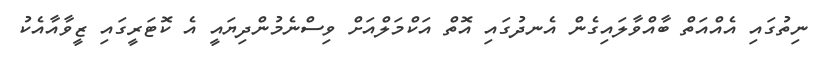
ނިތުގައި އެއްއަތް ބާއްވާލައިގެން އެނދުގައި އޮތް އަކްމަލްއަށް ވިސްނެމުންދިޔައީ އެ ކޮޓަރީގައި ޒީވާއާއެކު